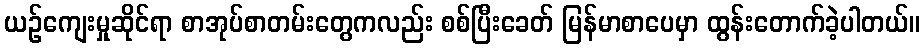
ယဉ်ကျေးမှုဆိုင်ရာ စာအုပ်စာတမ်းတွေကလည်း စစ်ပြီးခေတ် မြန်မာစာပေမှာ ထွန်းတောက်ခဲ့ပါတယ်။